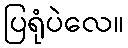
ပြရုံပဲလေ။